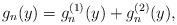
LaTeX: \begin{align*} g_n (y) = g_n^{(1)} (y) + g_n^{(2)} (y) , \end{align*}